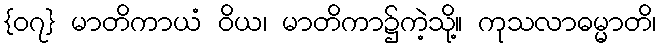
{၀၇} မာတိကာယံ ဝိယ၊ မာတိကာ၌ကဲ့သို့။ ကုသလာဓမ္မာတိ၊